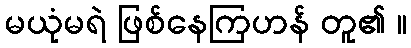
မယုံမရဲ ဖြစ်နေကြဟန် တူ၏ ။